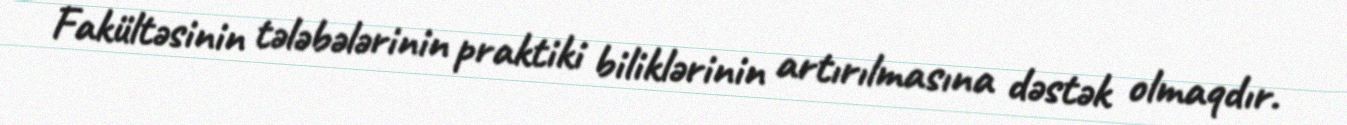
Fakültəsinin tələbələrinin praktiki biliklərinin artırılmasına dəstək olmaqdır.